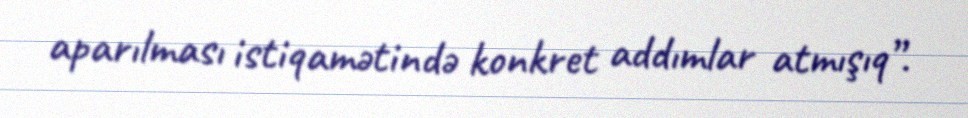
aparılması istiqamətində konkret addımlar atmışıq”.